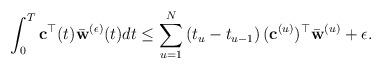
LaTeX: \begin{align*}{}\int_{0}^{T} {\bf c}^{\top}(t)\bar{\bf w}^{(\epsilon)}(t)dt\leq\sum_{u=1}^{N}\left (t_{u}-t_{u-1}\right )({\bf c}^{(u)})^{\top}\bar{{\bf w}}^{(u)}+\epsilon .\end{align*}